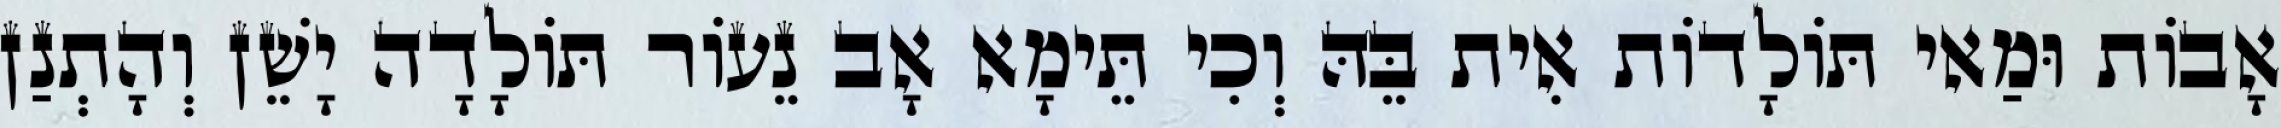
אָבוֹת וּמַאי תּוֹלָדוֹת אִית בֵּהּ וְכִי תֵּימָא אָב נֵעוֹר תּוֹלָדָה יָשֵׁן וְהָתְנַן